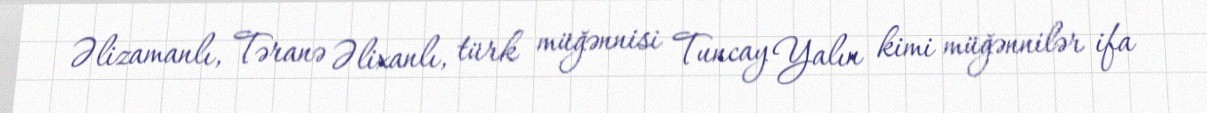
Əlizamanlı, Təranə Əlixanlı, türk müğənnisi Tuncay Yalın kimi müğənnilər ifa